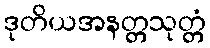
ဒုတိယအနတ္တသုတ္တံ